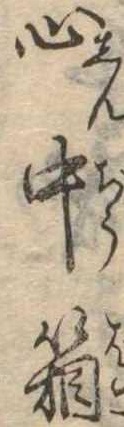
心中箱